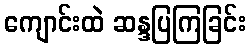
ကျောင်းထဲ ဆန္ဒပြကြခြင်း